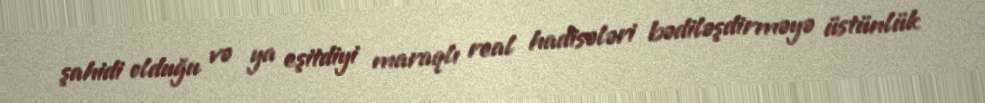
şahidi olduğu və ya eşitdiyi maraqlı real hadisələri bədiləşdirməyə üstünlük